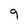
Character: 9